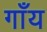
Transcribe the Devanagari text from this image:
गाँय